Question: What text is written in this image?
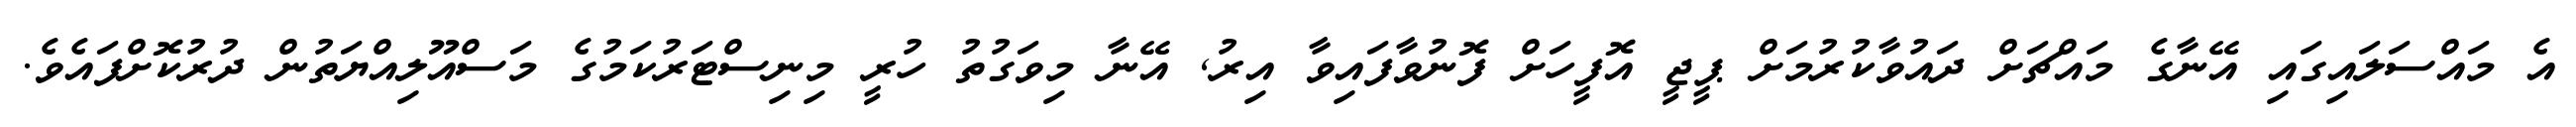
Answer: އެ މައްސަލައިގައި އޭނާގެ މައްޗަށް ދައުވާކުރުމަށް ޕީޖީ އޮފީހަށް ފޮނުވާފައިވާ އިރު, އޭނާ މިވަގުތު ހުރީ މިނިސްޓަރުކަމުގެ މަސްއޫލިއްޔަތުން ދުރުކޮށްފައެވެ.